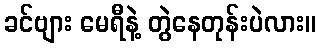
ခင်ဗျား မေရီနဲ့ တွဲနေတုန်းပဲလား။